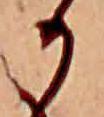
か